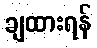
ချထားရန်